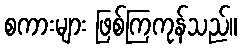
စကားများ ဖြစ်ကြကုန်သည်။